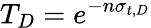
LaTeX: T_{D}=e^{-n\sigma_{t,D}}